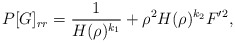
\begin{align*}P[G]_{rr}=\frac{1}{H(\rho)^{k_{1}}}+\rho^{2}H(\rho)^{k_{2}}F^{\prime}{}^{2},\end{align*}